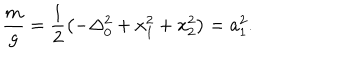
LaTeX: \frac { m } { g } = \frac { 1 } { 2 } \left( - \Delta _ { 0 } ^ { 2 } + x _ { 1 } ^ { 2 } + x _ { 2 } ^ { 2 } \right) = a _ { 1 } ^ { 2 } .